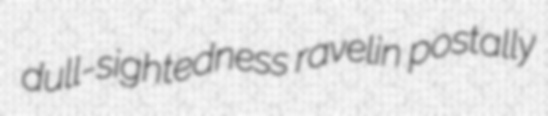
dull-sightedness ravelin postally